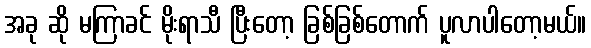
အခု ဆို မကြာခင် မိုးရာသီ ပြီးတော့ ခြစ်ခြစ်တောက် ပူလာပါတော့မယ်။